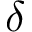
\delta